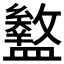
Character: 𥃊